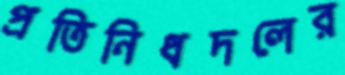
প্রতিনিধদলের